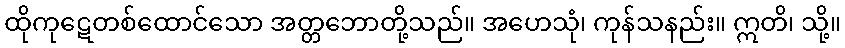
ထိုကုဋေတစ်ထောင်သော အတ္တဘောတို့သည်။ အဟေသုံ၊ ကုန်သနည်း။ ဣတိ၊ သို့။